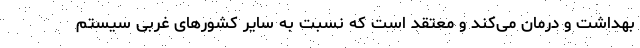
بهداشت و درمان می‌کند و معتقد است که نسبت به سایر کشورهای غربی سیستم